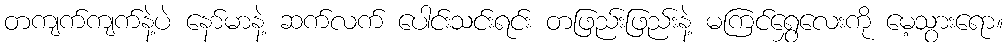
တကျက်ကျက်နဲ့ပဲ နော်မာနဲ့ ဆက်လက် ပေါင်းသင်းရင်း တဖြည်းဖြည်းနဲ့ မကြင်ရွှေလေးကို မေ့သွားရော။